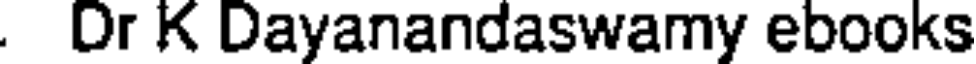
Dr K Dayanandaswamy ebooks